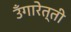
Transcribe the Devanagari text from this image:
उँगारेत्ती